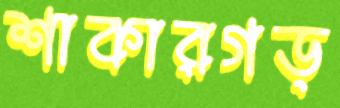
শাকারগড়